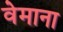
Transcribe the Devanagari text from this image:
वेमाना